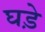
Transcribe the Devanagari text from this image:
घडे़